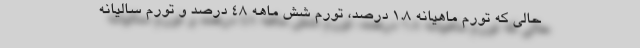
حالی که تورم ماهیانه ۱.۸ درصد، تورم شش ماهه ۴۸ درصد و تورم سالیانه